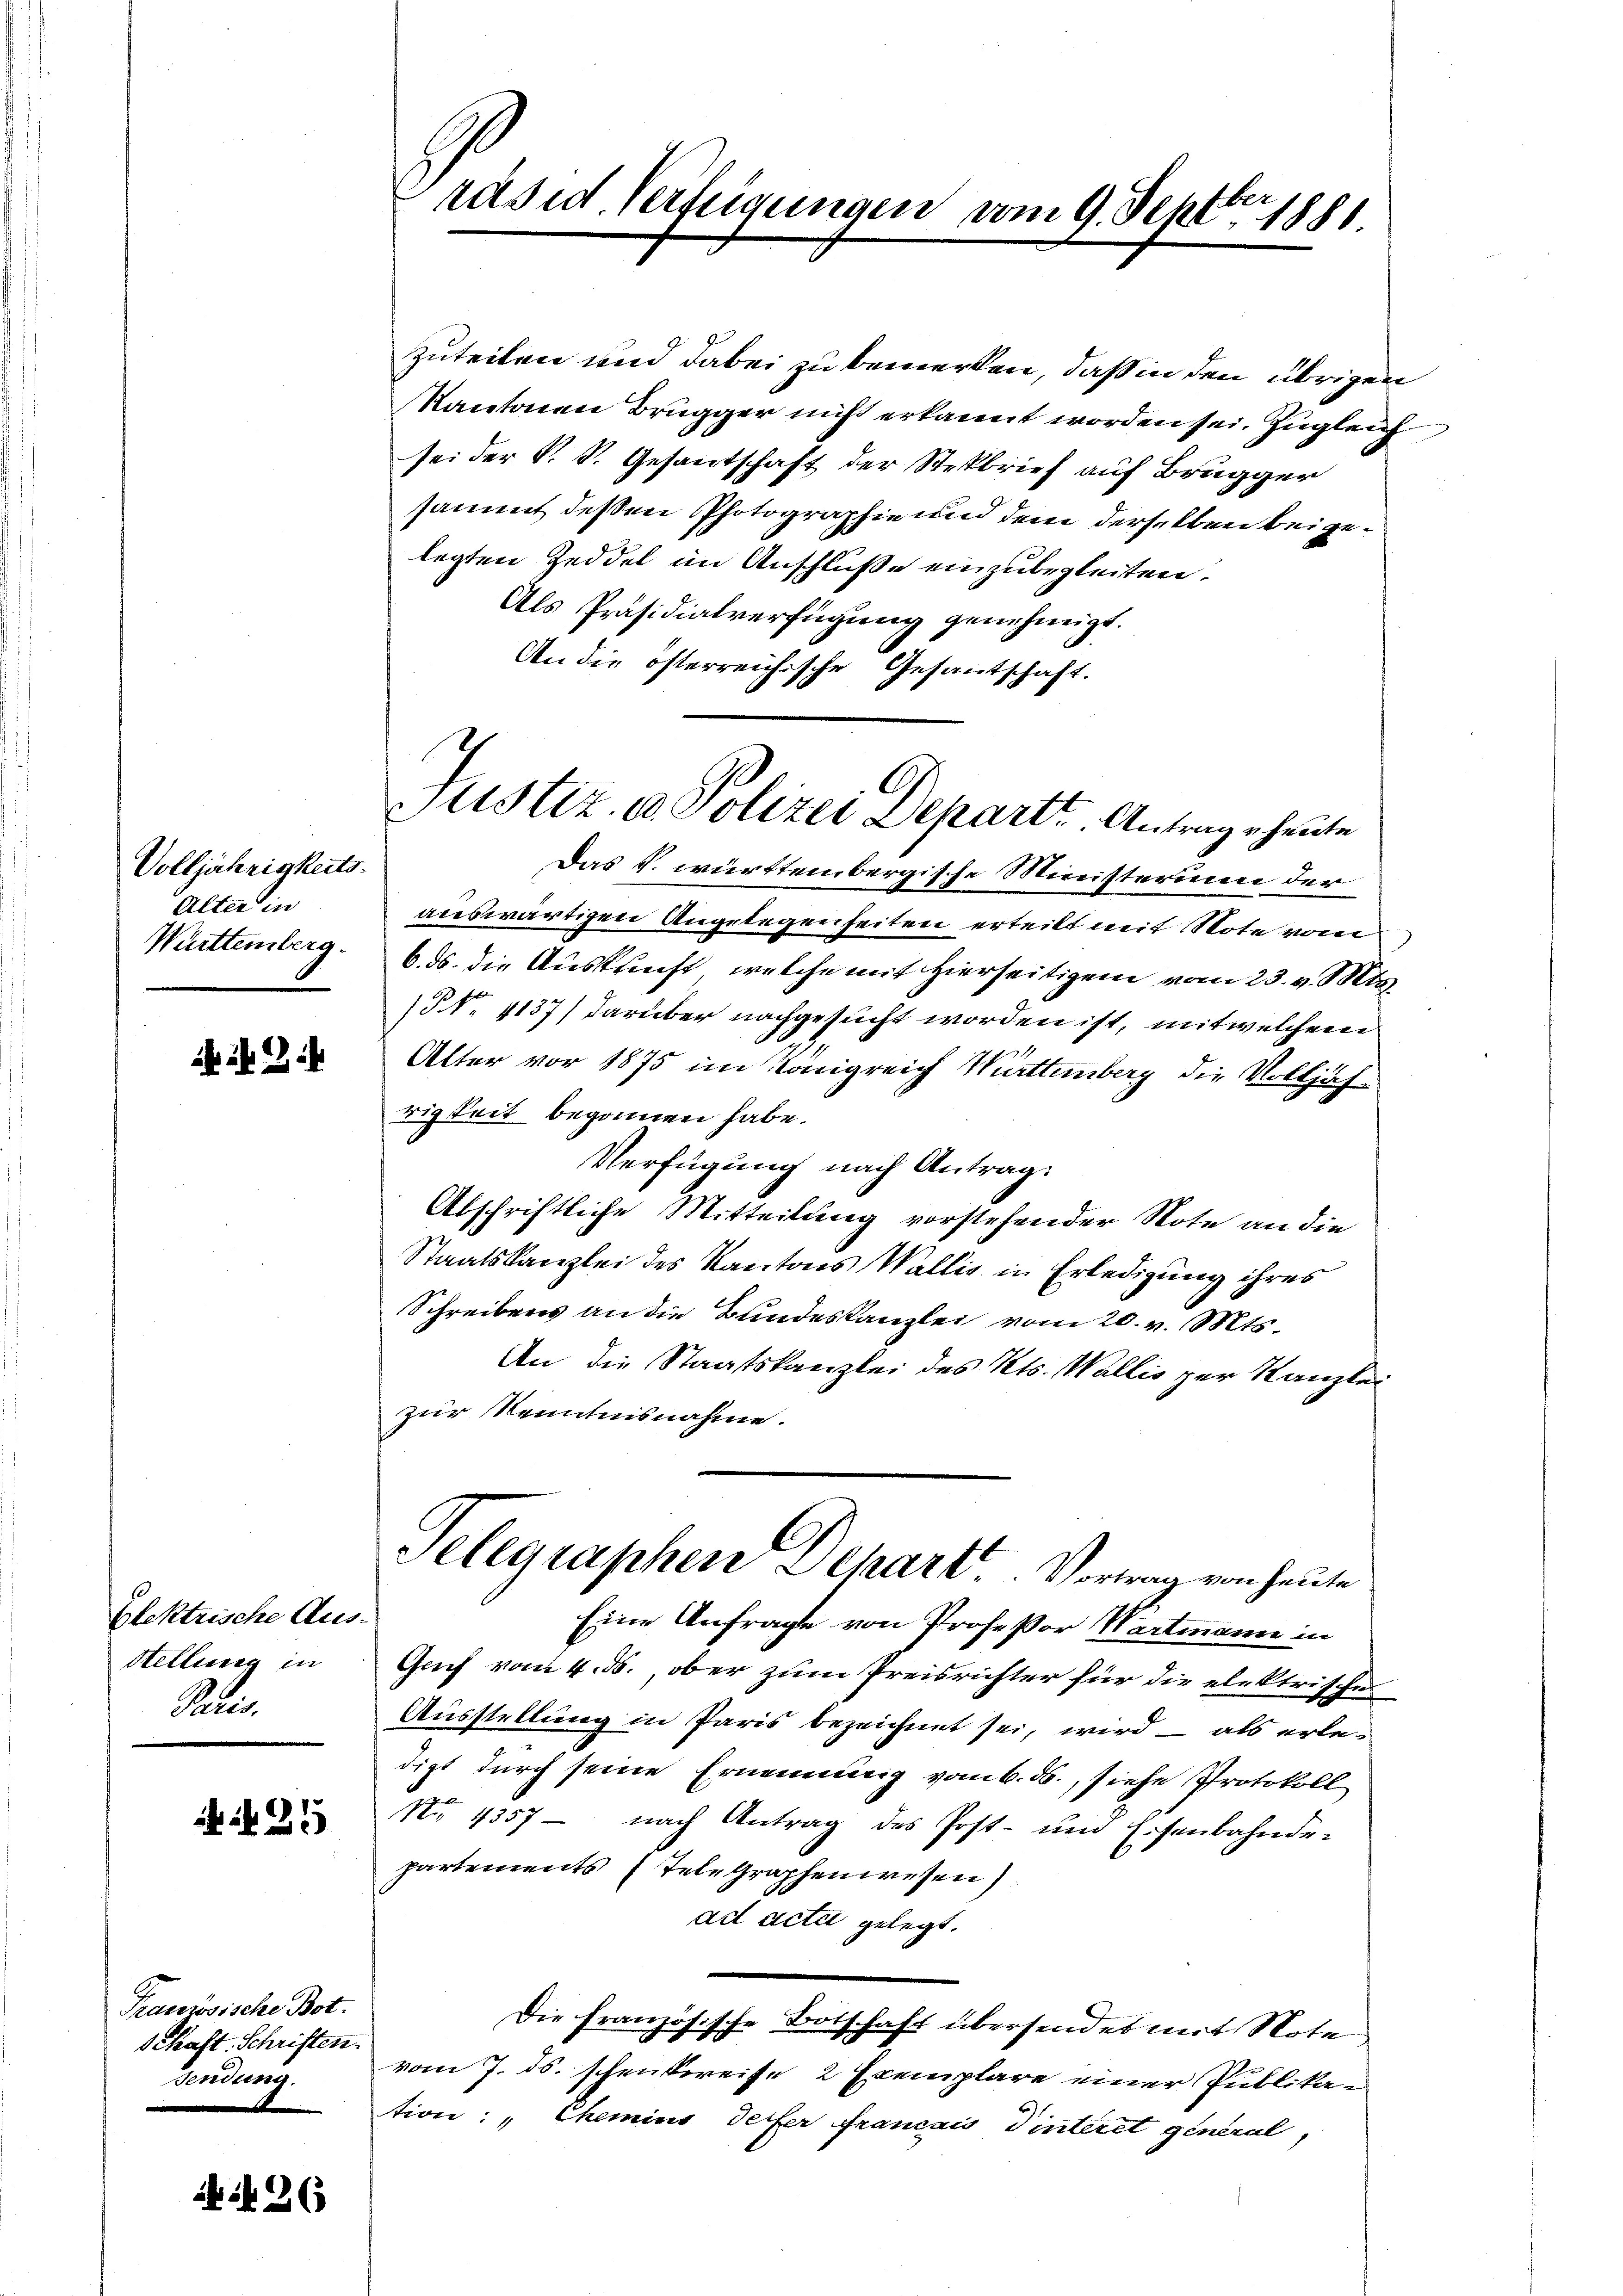
Volljährigkeits-
Alter in
Württemberg.

Blektrische Aus¬
Stellung in
Paris.

25

Französische Bot.
SChast. Schriften.
sendung.

26

räsid. Verfügungen vom 9. Septbr. 1881

zuteilen und dabei zu bemerken, daß in den übrigen
Kantonen Brugger nicht erkannt worden sei. Zugleich
sei der P. P. Gesantschaft der Stekbrief auf Brugger
sammt deßen Photographie und dem derselben beigelegten Zeddel im Anschluße einzubegleiten.
Als Präsidialverfügung genehmigt.
An die österreichische Gesandtschaft.

Das k. württembergische Ministerium der
auswärtigen Angelegenheiten erteilt mit Note vom
6. ds. die Auspricht, welche mit hierseitigem vom 23. v. Mta¬
§. 4137) darüber nachgesucht worden ist, mit welchem
Alter vor 1875 im Königreich Württemberg die Volljährigkeit begonnen habe.
Verfügung nach Antrag:
Abschriftliche Mitteilung vorstehender Note an die
Staatskanzlei des Kantons Wallis in Erledigung ihres
Schreibens an die Bundeskanzlei vom 20. v. Mts.
An die Staatskanzlei des Kts. Wallis zur Kanzlei
zur Kenntnisnahme.
Selegraphen Depart. Vortrag von heute
Eine Anfrage von Profeßor Wartmann in
Grief vom 4. ds., ober zum Preisrichter für die elektrische
Ausstellung in Paris bezeichnet sei, wird – als erledigt durch seine Ernennung vom 6. ds., siehe Protokoll
No 1357 - nach Antrag des Post- und Eisenbahnde-
partements Telegraphenwesen
ad acta gelegt.
Die französische Botschaft übersendet mit Note
vom 7. ds. schenkweise 2 Exemplare einer Publika-
tion: " Chemins derfer Francais Dinteret general

Justiz & Polizei Departe. Antrage heute